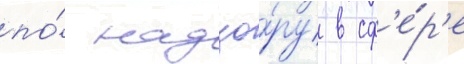
по́ надзо́ру в сф'е́р'е